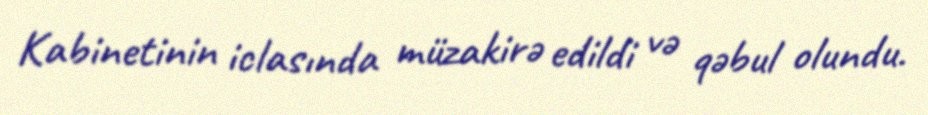
Kabinetinin iclasında müzakirə edildi və qəbul olundu.